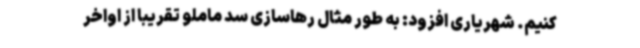
کنیم. شهریاری افزود: به طور مثال رهاسازی سد ماملو تقریبا از اواخر